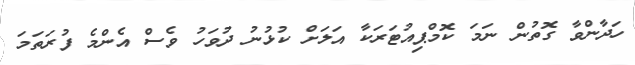
ހަދާންވާ ގޮތުން ނަމަ ކޮމްޕިއުޓަރަކާ އަލަށް ކުޅުނު ދުވަހު ވެސް އެންމެ ފުރަތަމަ